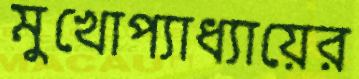
মুখোপ্যাধ্যায়ের